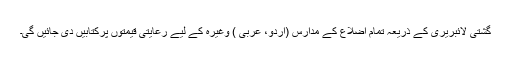
گشتی لائبریری کے ذریعہ تمام اضلاع کے مدارس (اُردو، عربی ) وغیرہ کے لیے رعایتی قیمتوں پرکتابیں دی جائیں گی۔